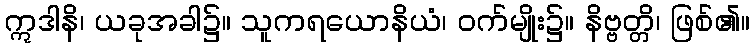
ဣဒါနိ၊ ယခုအခါ၌။ သူကရယောနိယံ၊ ဝက်မျိုး၌။ နိဗ္ဗတ္တိ၊ ဖြစ်၏။